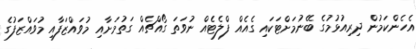
އެހެންކަމުން ދިރިއުޅުމުގެ ބޭނުމަށްޓަކައި ގެއެއް ފްލެޓެއް ނުވަތަ ގޯއްޗެއް ގަތުމަށާއި މުވައްޒަފާއި މުވައްޒަފުގެ